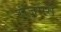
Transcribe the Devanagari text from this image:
रोज़मैरी